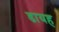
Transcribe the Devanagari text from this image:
डायह